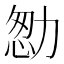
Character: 𠡻